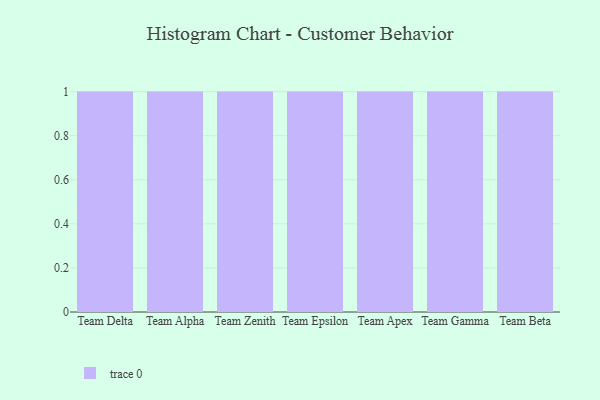
{"axis": {"x": "Team", "y": "Customer Acquisition Cost (USD)"}, "legend": [""], "data": [{"x": "Team Delta", "y": 25, "type": ""}, {"x": "Team Alpha", "y": 33, "type": ""}, {"x": "Team Zenith", "y": 84, "type": ""}, {"x": "Team Epsilon", "y": 11, "type": ""}, {"x": "Team Apex", "y": 92, "type": ""}, {"x": "Team Gamma", "y": 49, "type": ""}, {"x": "Team Beta", "y": 86, "type": ""}]}